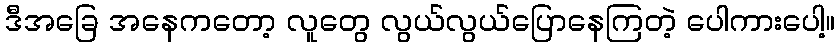
ဒီအခြေ အနေကတော့ လူတွေ လွယ်လွယ်ပြောနေကြတဲ့ ပေါကားပေါ့။